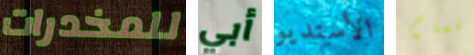
للمخدرات أبي الأستديو أقسام